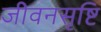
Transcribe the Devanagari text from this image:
जीवनसृष्टि